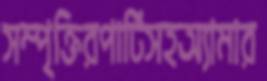
সম্পৃক্তিরপার্টিসহঅ্যামার